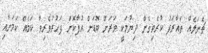
ޗެނަލެއް ތައާރަފު ކުރެވިގެން ދިޔުމަކީ ވަރަށް ބޮޑަށް އުފާކޮށް ފަހުރުވެރިވާ ކަމެއް ކަމަށާއި